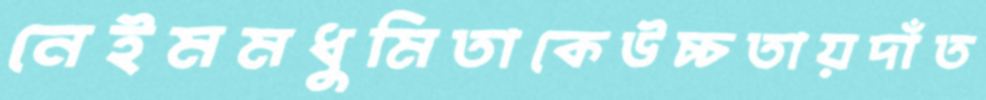
নেইমমধুমিতাকেউচ্চতায়দাঁত